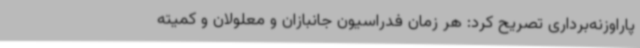
پاراوزنه‌برداری تصریح کرد: هر زمان فدراسیون جانبازان و معلولان و کمیته